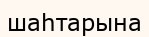
шаһтарына